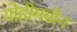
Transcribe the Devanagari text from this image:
योहीमबीन